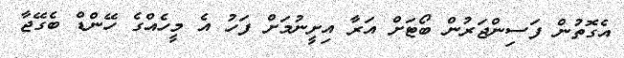
އެގޮތުން ފަސިންޖަރުން ބޯޓަށް އަރާ އިށީނުމަށް ފަހު އެ މީހެއްގެ ހޭންޑް ބެގޭޖާ